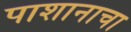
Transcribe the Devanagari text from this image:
पाशानाचा